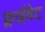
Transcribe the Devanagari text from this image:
फ्लाईवेट